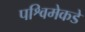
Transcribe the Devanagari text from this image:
पश्विमेकडे